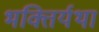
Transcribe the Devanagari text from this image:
भक्तिर्यथा